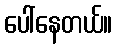
ပေါ်နေတယ်။